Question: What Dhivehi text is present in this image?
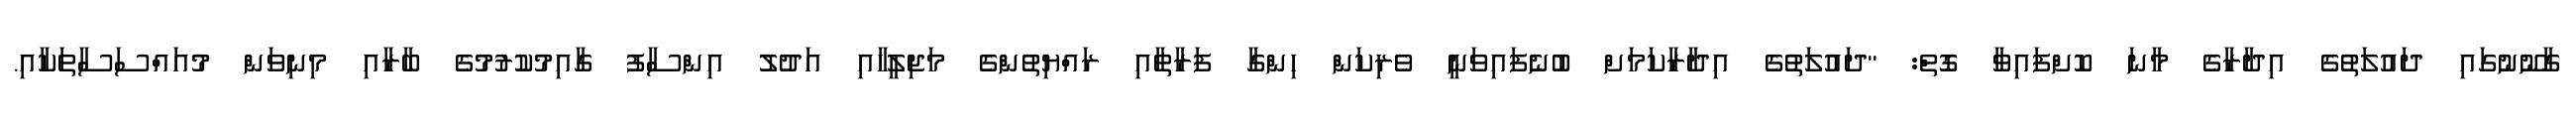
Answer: ގާނޫނުގައި ދައުލަތުގެ އިދާރާގެ މާނަ ކޮށްފައިވާ ގޮތް: "ދައުލަތުގެ އިދާރާކަމަށް ބުނެފައިވަނީ ވެރިކަން ހިންގާ ފަރާތާއި ރައްޔިތުންގެ މަޖިލީހާއި އަދުލު އިންސާފު ގާއިމުކުރުމުގެ ބާރާއި މިނިވަން މުއައްސަސާތަކާއި.